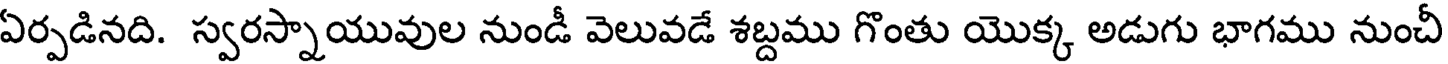
ఏర్పడినది. స్వరస్నాయువుల నుండీ వెలువడే శబ్దము గొంతు యొక్క అడుగు భాగము నుంచీ